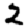
Digit: 2